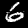
Label: 6